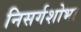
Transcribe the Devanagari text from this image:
निसर्गशोभा